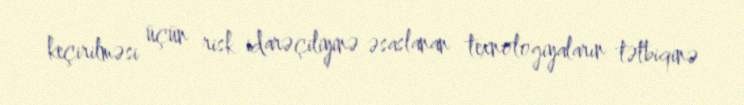
keçirilməsi üçün risk idarəçiliyinə əsaslanan texnologiyaların tətbiqinə